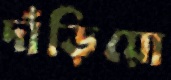
দাঁড়িয়ো